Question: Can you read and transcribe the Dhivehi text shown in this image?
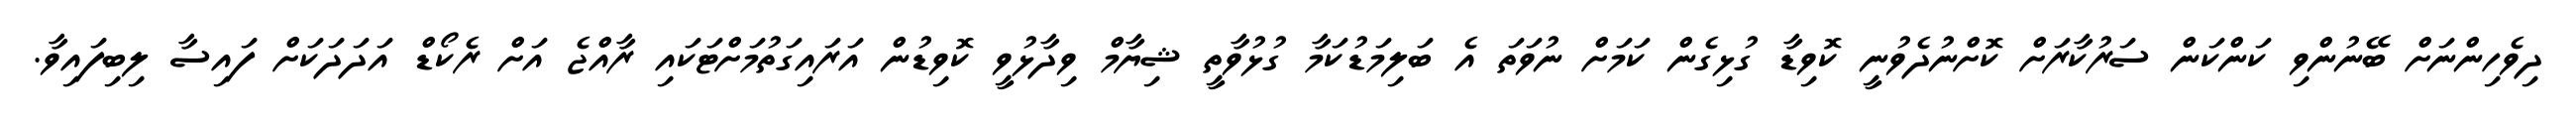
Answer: ދިވެހިންނަށް ބޭނުންވި ކަންކަން ސަރުކާރަށް ކޮށްނުދެވުނީ ކޮވިޑާ ގުޅިގެން ކަމަށް ނުވަތަ އެ ބަލިމަޑުކަމާ ގުޅުވާތީ ޝިޔާމް ވިދާޅުވީ ކޮވިޑުން އަރައިގަތުމަށްޓަކައި ރާއްޖެ އަށް ރެކޯޑް އަދަދަކަށް ފައިސާ ލިބިފައިވާ.